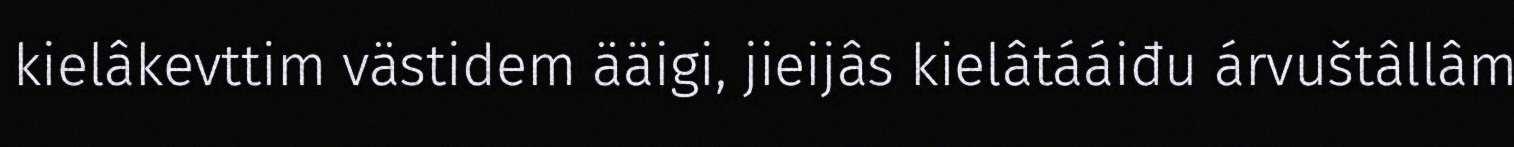
kielâkevttim västidem ääigi, jieijâs kielâtááiđu árvuštâllâm